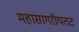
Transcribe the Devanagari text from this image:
महासागरीयतट